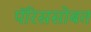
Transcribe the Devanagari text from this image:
पॅरिससोबत